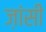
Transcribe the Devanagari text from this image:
ज़ांसी